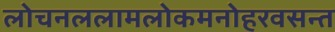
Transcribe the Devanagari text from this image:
लोचनललामलोकमनोहरवसन्त